Lunatic asylums Bombay report 1891-1903 - 1891-1903
Year: 1891
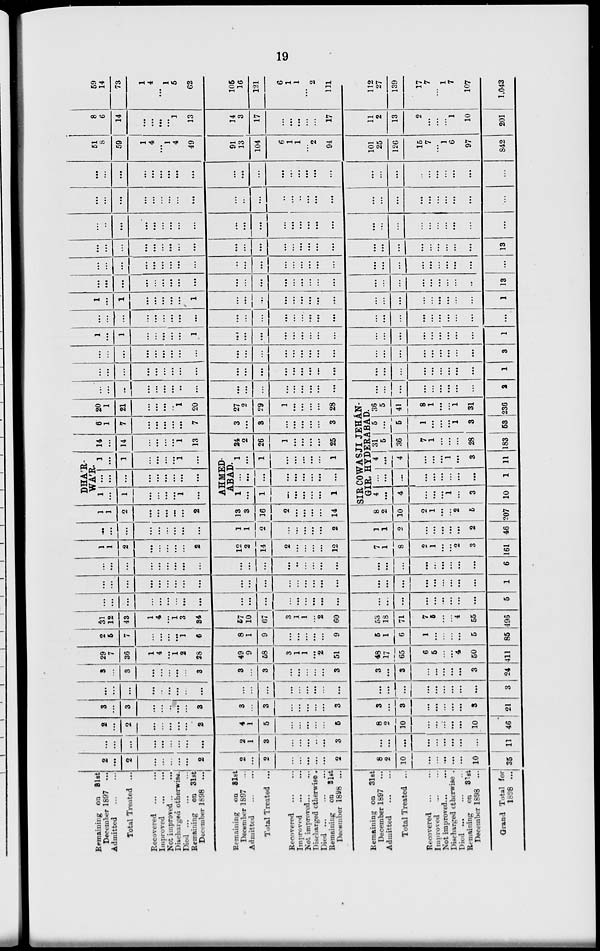
19
Remaining on 31st
December 1897 ...
Admitted
...
...
Total Treated ...
Recovered
...
...
Improved ... ...
Not improved ... ...
Discharged otherwise .
Died
...
...
...
Remaining on 31st
December 1898 ...
Remaining on 81st
December 1897 ...
Admitted ... ...
Total Treated ...
Recovered
...
...
Improved ... ...
Not improved ... ...
Discharged otherwise .
Died
...
...
...
Remaining on 31st
December 1898 ...
Remaining on 31st
December 1897 ...
Admitted ... ...
Total Treated ...
Recovered ... ...
Improved ... ...
Not improved ... ...
Discharged otherwise .
Died ... ... ...
Remaining on 31st
December 1898 ...
Grand Total for
1898 ...
2
...
2
...
...
...
...
...
2
2
...
2
...
...
...
...
...
2
8
2
10
...
...
...
...
...
10
35
...
...
...
...
...
...
...
...
...
2
1
3
...
...
...
...
...
3
...
...
...
...
...
...
...
...
...
11
2
...
2
...
...
...
...
...
2
4
1
5
...
...
...
...
...
5
8
2
10
...
...
...
...
...
10
46
3
...
3
...
...
...
...
...
3
3
...
3
...
...
...
...
...
3
3
...
3
...
...
...
...
...
3
21
...
...
...
...
...
...
...
...
...
...
...
...
...
...
...
...
...
...
...
...
...
...
...
...
...
...
...
3
3
...
3
...
...
...
...
...
3
3
...
3
...
...
...
...
...
3
3
...
3
...
...
...
...
...
3
24
29
7
36
1
4
...
1
2
28
49
9
58
3
1
1
...
2
51
48
17
65
6
5
...
...
4
50
411
2
5
7
...
...
...
...
1
6
8
1
9
...
...
...
...
...
9
5
1
6
1
...
...
...
...
5
85
31
12
43
1
4
...
1
3
34
57
10
67
3
1
1
...
2
60
53
18
71
7
5
...
...
4
55
496
...
...
...
...
...
...
...
...
...
...
...
...
...
...
...
...
...
...
...
...
...
...
...
...
...
...
...
5
...
...
...
...
...
...
...
...
...
...
...
...
...
...
...
...
...
...
...
...
...
...
...
...
...
...
...
1
...
...
...
...
...
...
...
...
...
...
...
...
...
...
...
...
...
...
...
...
...
...
...
...
...
...
...
6
1
1
2
...
...
...
...
...
2
12
2
14
2
...
...
...
...
12
7
1
8
2
1
...
...
2
3
161
...
...
...
...
...
...
...
...
...
1
1
2
...
...
...
...
...
2
1
1
2
...
...
...
...
...
2
46
1
1
2
...
...
...
...
...
2
13
3
16
2
...
...
...
...
14
8
2
10
2
1
...
...
2
5
207
DHÁRWÁR.
1
...
1
...
...
...
...
1
...
...
...
...
...
...
...
...
...
...
1
...
1
...
...
...
...
1
...
AHMEDABAD.
1
...
1
...
...
...
...
...
1
...
...
...
...
...
...
...
...
...
1
...
1
...
...
...
...
...
1
14
...
14
...
...
...
...
1
13
24
2
26
1
...
...
...
...
25
6
1
7
...
...
...
...
...
7
3
...
3
...
...
...
...
...
3
20
1
21
...
...
...
...
1
20
27
2
29
1
...
...
...
...
28
SIR COWASJI JEHÁNGIR, HYDERABAD.
4
...
4
...
...
...
1
...
3
10
...
...
...
...
...
...
...
...
...
1
4
...
4
...
...
...
1
...
3
11
31
5
36
7
1
...
...
...
28
183
5
...
5
1
...
...
...
1
3
53
36
5
41
8
1
...
...
1
31
236
...
...
...
...
...
...
...
...
...
...
...
...
...
...
...
...
...
...
...
...
...
...
...
...
...
...
...
2
...
...
...
...
...
...
...
...
...
...
...
...
...
...
...
...
...
...
...
...
...
...
...
...
...
...
...
1
...
...
...
...
...
...
...
...
...
...
...
...
...
...
...
...
...
...
...
...
...
...
...
...
...
...
3
1
...
1
...
...
...
...
...
1
...
...
...
...
...
...
...
...
...
...
...
...
...
...
...
...
...
...
1
...
...
...
...
...
...
...
...
...
...
...
...
...
...
...
...
...
...
...
...
...
...
...
...
...
...
...
1
...
1
...
...
...
...
...
1
...
...
...
...
...
...
...
...
...
...
...
...
...
...
...
...
...
...
1
...
...
...
...
...
...
...
...
...
...
...
...
...
...
...
...
...
...
...
...
...
...
...
...
...
...
...
13
...
...
...
...
...
...
...
...
...
...
...
...
...
...
...
...
...
...
...
...
...
...
...
...
...
...
...
...
...
...
...
...
...
...
...
...
...
...
...
...
...
...
...
...
...
...
...
...
...
...
...
...
...
...
...
13
...
...
...
...
...
...
...
...
...
...
...
...
...
...
...
...
...
...
...
...
...
...
...
...
...
...
...
...
...
...
...
...
...
...
...
...
...
...
...
...
...
...
...
...
...
...
...
...
...
...
...
...
...
...
...
...
...
...
...
...
...
...
...
...
...
...
...
...
...
...
...
...
...
...
...
...
...
...
...
...
...
...
...
...
51
8
59
1
4
...
1
4
49
91
13
104
6
1
1
...
2
94
101
25
126
15
7
...
1
6
97
842
8
6
14
...
...
...
...
1
13
14
3
17
...
...
...
...
...
17
11
2
13
2
...
...
...
1
10
201
59
14
73
1
4
...
1
5
62
105
16
121
6
1
1
...
2
111
112
27
139
17
7
...
1
7
107
1,043